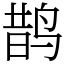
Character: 鹊